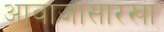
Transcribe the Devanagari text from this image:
आवाजासारखा